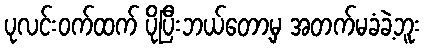
ပုလင်းဝက်ထက် ပိုပြီးဘယ်တော့မှ အတက်မခံခဲ့ဘူး